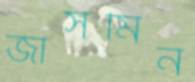
জাসমিন